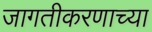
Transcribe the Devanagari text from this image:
जागतीकरणाच्या